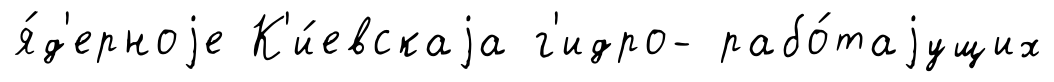
я́д'ерноjе К'и́евскаjа г'идро- рабо́таjущих